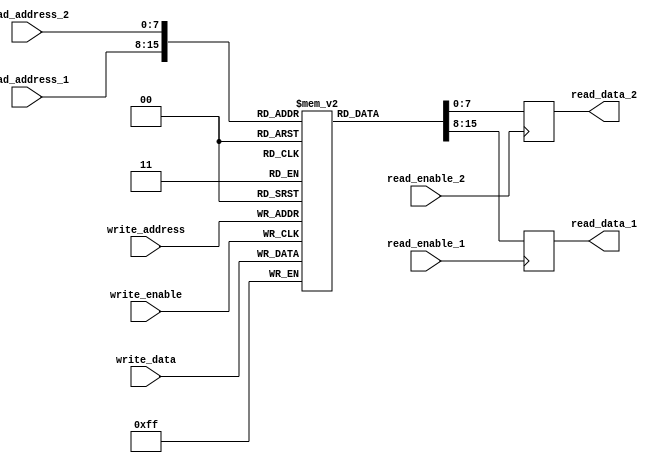
module dual_port_register_file(
  input wire [7:0] read_address_1,           // Address for read port 1
  input wire [7:0] read_address_2,           // Address for read port 2
  input wire [7:0] write_address,            // Address for write port
  input wire [7:0] write_data,               // Data to be written
  input wire read_enable_1,                  // Enable signal for read port 1
  input wire read_enable_2,                  // Enable signal for read port 2
  input wire write_enable,                   // Enable signal for write port
  output reg [7:0] read_data_1,              // Data read from read port 1
  output reg [7:0] read_data_2               // Data read from read port 2
);
  
  reg [7:0] memory [0:255];                  // Array of registers in the memory
  
  // Read operation for read port 1
  always @ (posedge read_enable_1)
    if (read_enable_1)
      read_data_1 <= memory[read_address_1];
  
  // Read operation for read port 2
  always @ (posedge read_enable_2)
    if (read_enable_2)
      read_data_2 <= memory[read_address_2];
  
  // Write operation
  always @ (posedge write_enable)
    if (write_enable)
      memory[write_address] <= write_data;
  
endmodule